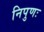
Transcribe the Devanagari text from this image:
निपुणः